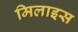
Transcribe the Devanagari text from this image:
मिलाइस